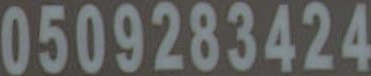
0509283424